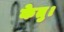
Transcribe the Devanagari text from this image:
केतु।